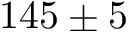
1 4 5 \pm 5